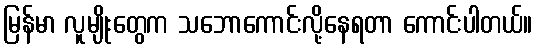
မြန်မာ လူမျိုးတွေက သဘောကောင်းလို့နေရတာ ကောင်းပါတယ်။